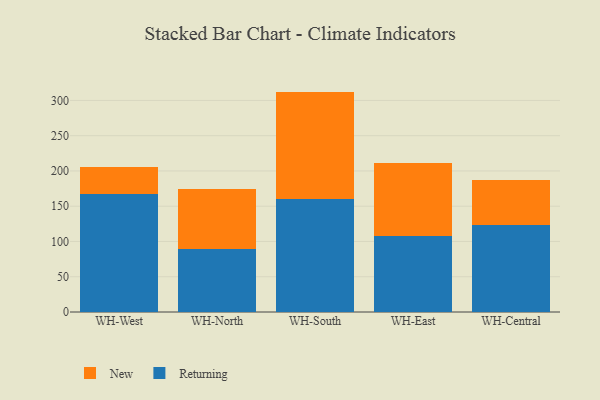
{"axis": {"x": "Warehouse", "y": "Churn Rate (%)"}, "legend": ["New", "Returning"], "data": [{"x": "WH-West", "y": 166.7, "type": "Returning"}, {"x": "WH-West", "y": 39.6, "type": "New"}, {"x": "WH-North", "y": 89.0, "type": "Returning"}, {"x": "WH-North", "y": 86.0, "type": "New"}, {"x": "WH-South", "y": 160.6, "type": "Returning"}, {"x": "WH-South", "y": 151.9, "type": "New"}, {"x": "WH-East", "y": 108.1, "type": "Returning"}, {"x": "WH-East", "y": 103.4, "type": "New"}, {"x": "WH-Central", "y": 122.7, "type": "Returning"}, {"x": "WH-Central", "y": 65.0, "type": "New"}]}